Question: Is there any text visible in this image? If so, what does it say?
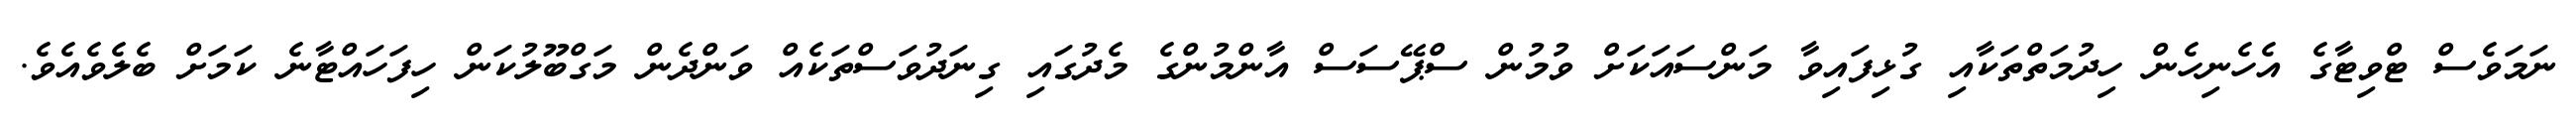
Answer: ނަމަވެސް ޓްވިޓާގެ އެހެނިހެން ހިދުމަތްތަކާއި ގުޅިފައިވާ މަންސައަކަށް ވުމުން ސްޕޭސަސް އާންމުންގެ މެދުގައި ގިނަދުވަސްތަކެއް ވަންދެން މަގްބޫލުކަން ހިފަހައްޓާނެ ކަމަށް ބެލެވެއެވެ.